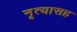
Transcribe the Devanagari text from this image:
नृत्यासह